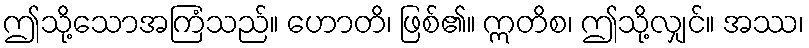
ဤသို့သောအကြံသည်။ ဟောတိ၊ ဖြစ်၏။ ဣတိစ၊ ဤသို့လျှင်။ အဿ၊